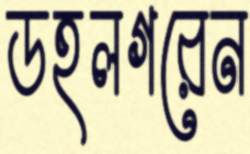
ডহলগরেন